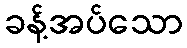
ခန့်အပ်သော